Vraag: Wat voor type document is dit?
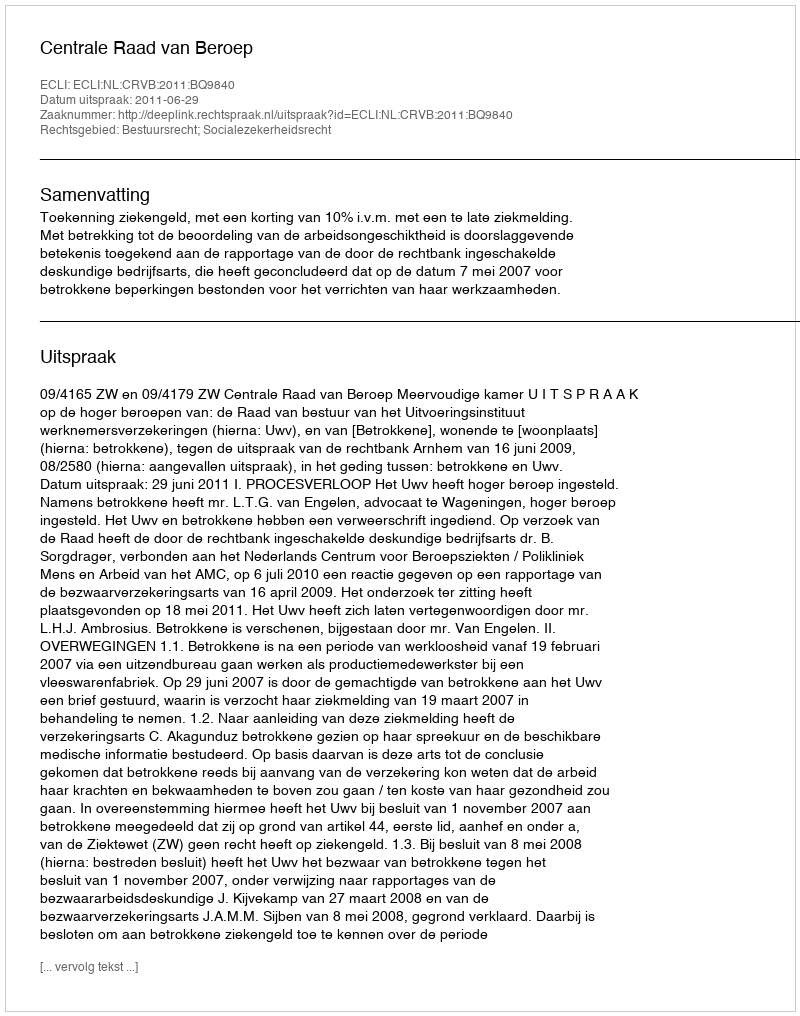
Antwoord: Uitspraak